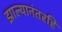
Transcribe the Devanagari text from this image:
झाल्यानंतरहि